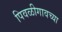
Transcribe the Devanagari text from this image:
पिवळीगावच्या